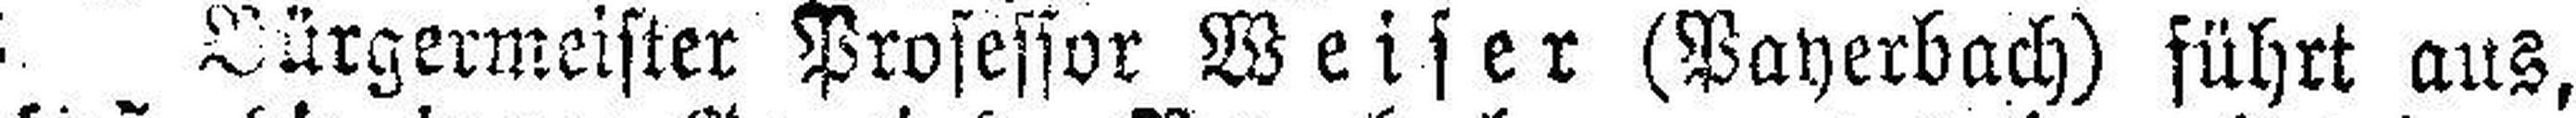
Bürgermeister Professor Weiser (Payerbach) führt aus,